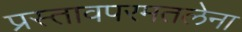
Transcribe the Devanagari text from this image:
प्रस्तावपरमतलेना